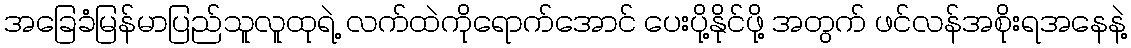
အခြေခံမြန်မာပြည်သူလူထုရဲ့ လက်ထဲကိုရောက်အောင် ပေးပို့နိုင်ဖို့ အတွက် ဖင်လန်အစိုးရအနေနဲ့